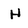
Character: H